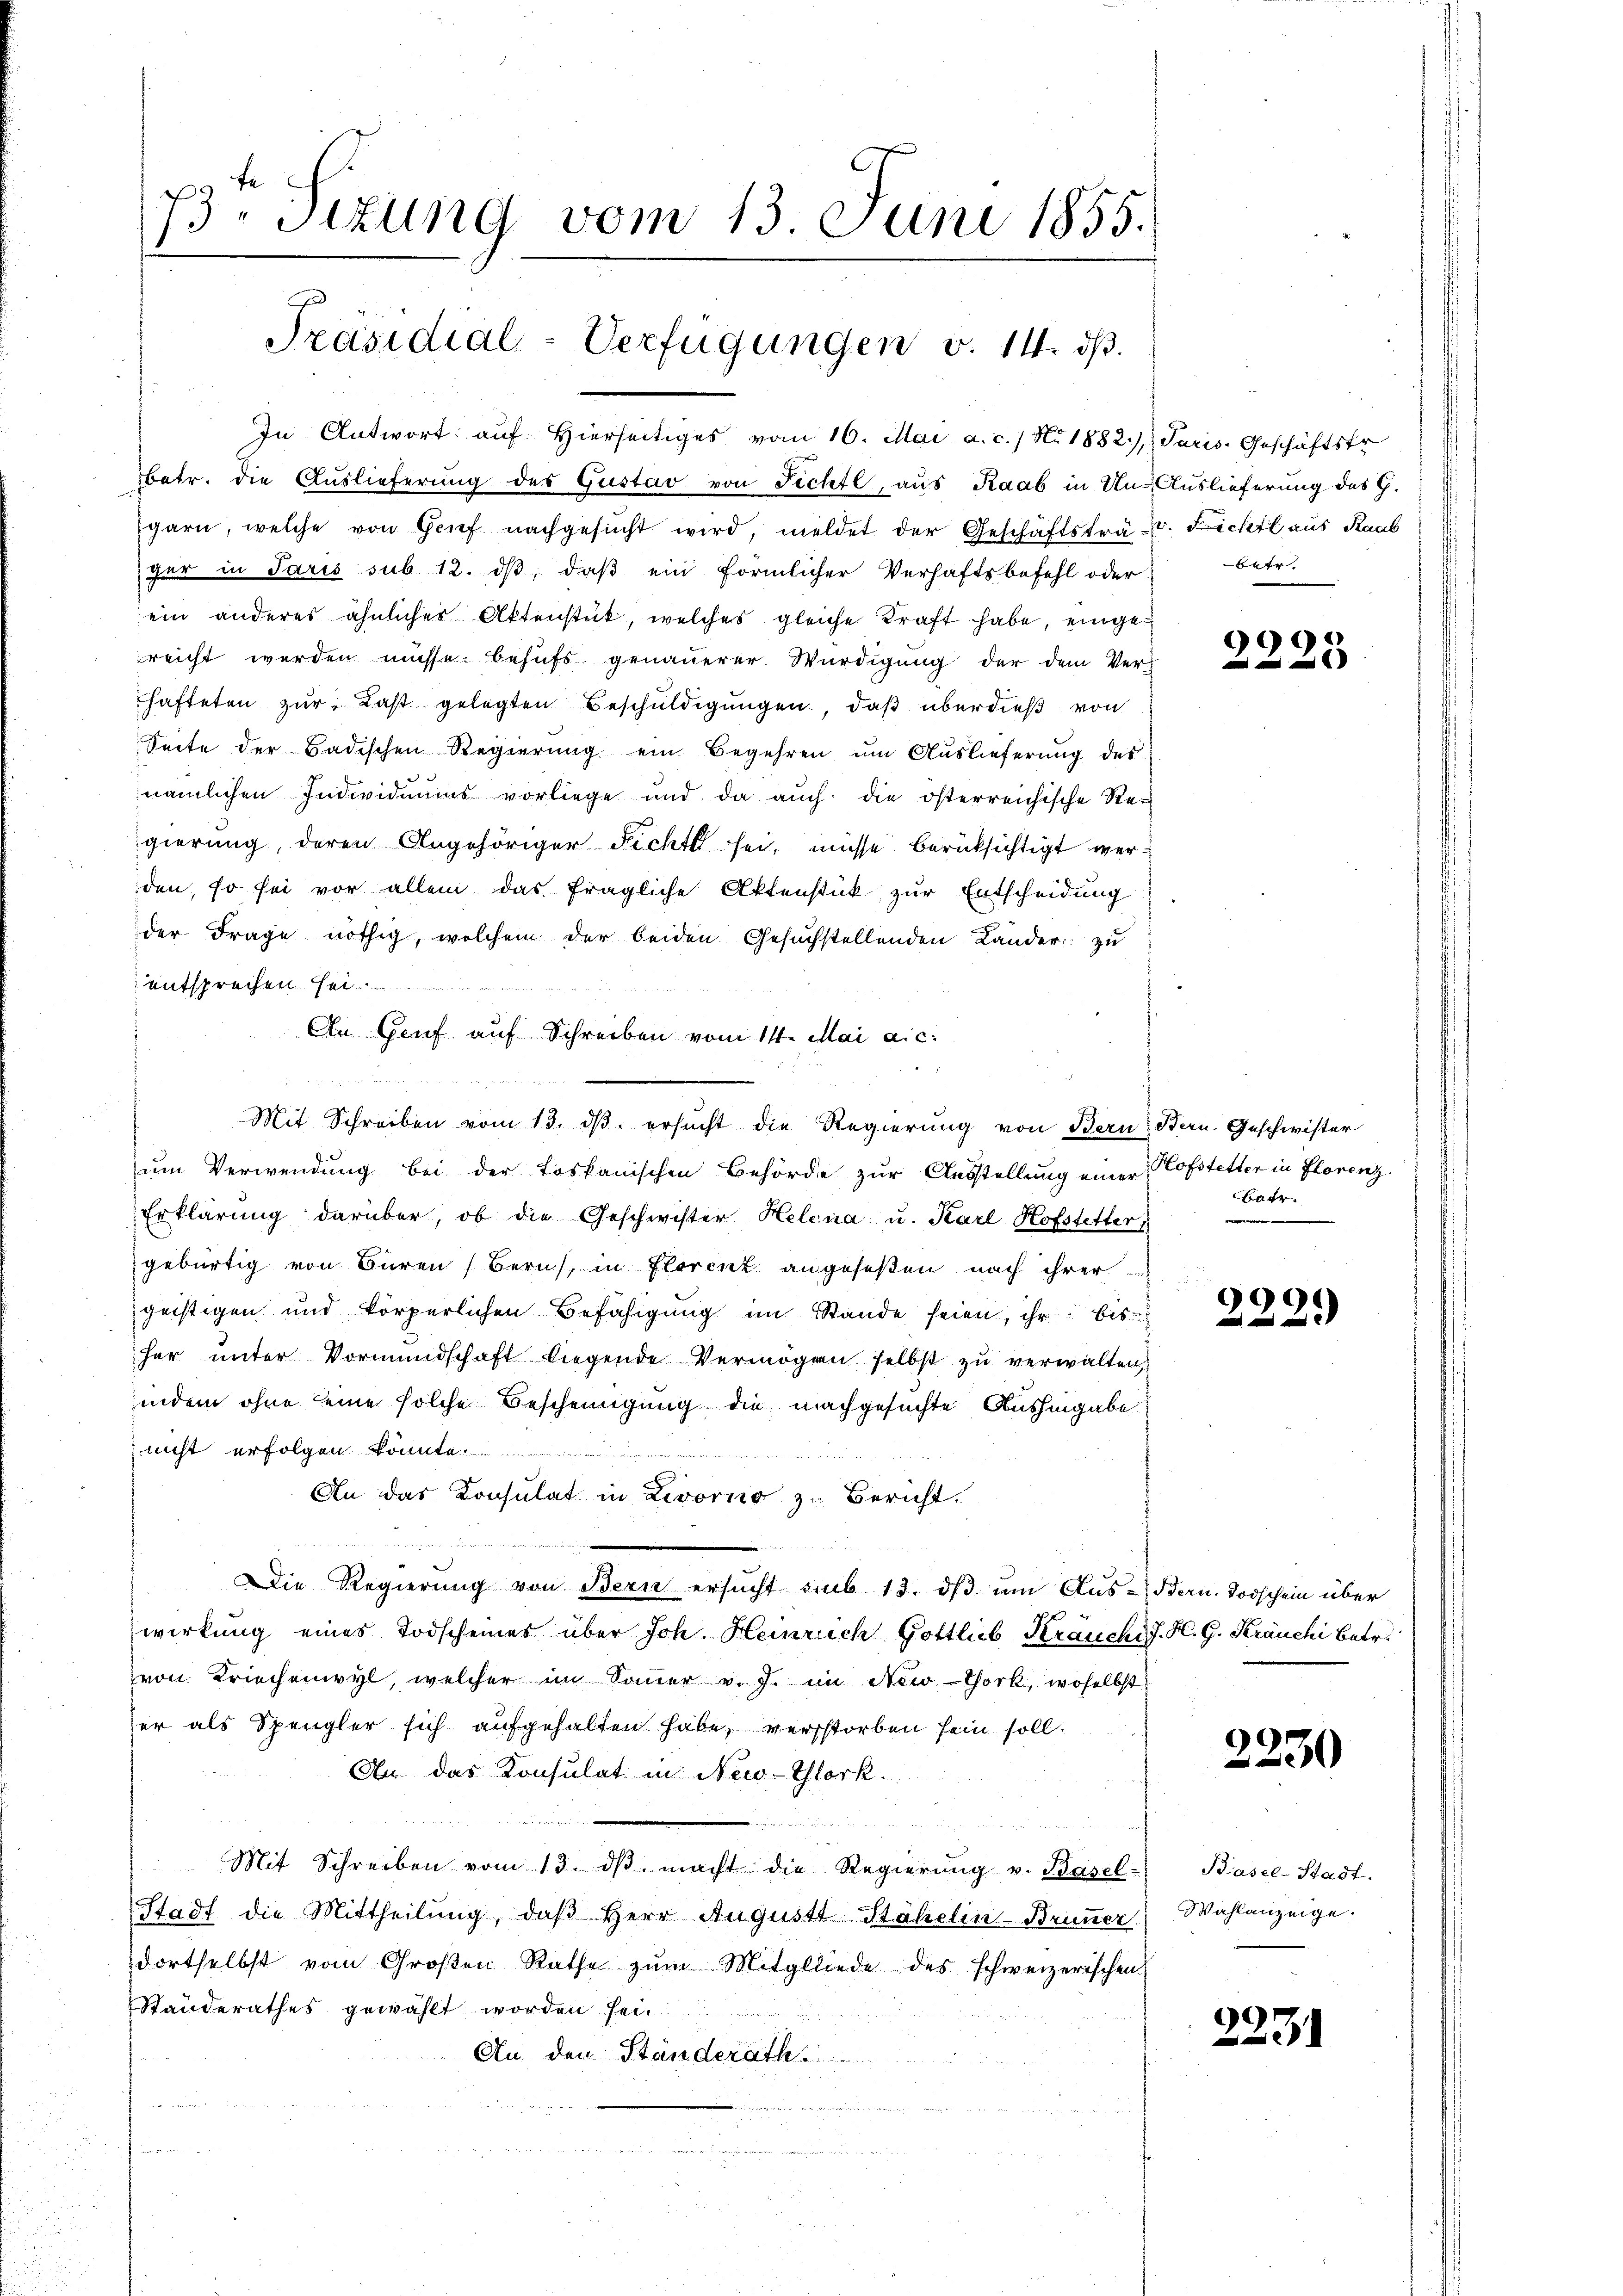
73. Sizung vom 13. Juni 1855.
Präsidial-Verfügungen v. 14. ds.

In Antwort auf hierseitiges vom 16. Mai a. c. No. 1882), Paris. Geschäftsfr
betr. die Auslieferung des Gustav von Fechfl, aus Raab in Un- Auslieferung des G.
garn, welche von Grief nachgesucht wird, meldet der Geschäftsträv. Fechtl aus Raab
gee in Paris sub 12. dβ, daß ein förmlicher Verhaftsbefehl oder betr.
ein anderes ähnlicher Aktenstück, welches gleiche Kraft habe, eingereicht werden müsse. Behufs genauerer Würdigung der dem Verz
hafteten zur Last gelegten Beschuldigungen, daß überdieß von
Seite der Badischen Regierung ein Begehren um Auslieferung des
nämlichen Individuums vorliege und da auch die österreichische Regierung, deren Angehöriger Ficht sei, müsse berücksichtigt werden, so sei vor allein das fragliche Aktenstück zur Entscheidung
der Frage nöthig, welchem der beiden Gesuchstellenden Länder zu
entsprechen. Es
An Genf auf Schreiben vom 14. Mai a.c.
um Verwendung bei der toskanischen Behörde zur Ausstellung einer Hofstetter in Florenz.
Erklärung darüber, ob die Geschwister Helena u. Karl Hofstetter
gebürtig von Büren Bern, in Florenz angeseßen nach ihrer
geistigen und körperlichen Befähigŭng im Stande seien, ihr bis
her unter Vormundschaft liegende Vermögen selbst zu verwalten,
indem ohne seine solche Bescheinigung die nachgesuchte Aushingabe
nicht erfolgen könnte
An das Konsulat in Livorno zu Bericht.
Die Regierung von Bern ersŭcht sub 13. dβ ŭm Aŭs-Dern. Todschein über
wirkung eines Todscheines über Joh. Heinrich Gottlieb Kranchi J. H. G. Kräuchi betr.
von Kriechenwyl, welcher im Sauer v. J. im New-York, woselbst
er als Spengler sich aufgehalten habe, verstorben sein soll.
Au. das Konsulat in New-York
Mit Schreiben vom 13. dβ macht die Regierŭng v. Basel- Basel-Stadt-
Stadt die Mittheilung, daβ Herr Augustt-Stähelin-Brunner
dortselbst vom Großen Rathe zŭm Mitgliede des schweizerischen
Standerathes gewählt worden sei.
An den Ständerath

Z 22. d. 1 der

Mit Schreiben vom 13. dβ. ersŭcht die Regierŭng von Bern Bern. Geschwister

999.

betr.
e

9
22.)

2230

Wahlanzeige.

2231